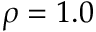
\rho = 1 . 0